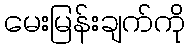
မေးမြန်းချက်ကို